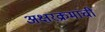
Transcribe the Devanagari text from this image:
अक्षरक्रमाची